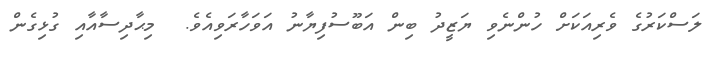
ލަސްކަރުގެ ވެރިއަކަށް ހުންނެވި ޔަޒީދު ބިން އަބޫސުފިޔާނުު އަވަހާރަވިއެވެ.  މިޙާދިސާއާއި ގުޅިގެން